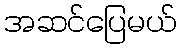
အဆင်ပြေမယ်